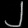
Digit: ၂